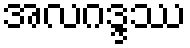
အလဂဒ္ဒဿ